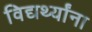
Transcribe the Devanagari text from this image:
विद्यर्थ्यांना